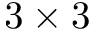
3 \times 3